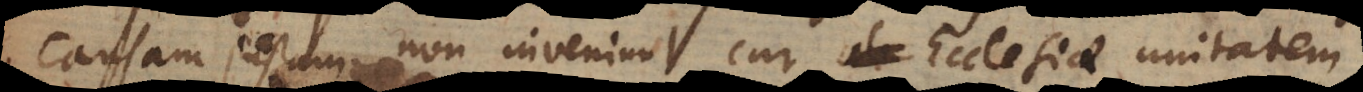
causam justam non inveniunt cur Ecclesiae